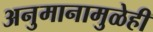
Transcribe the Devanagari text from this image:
अनुमानामुळेही